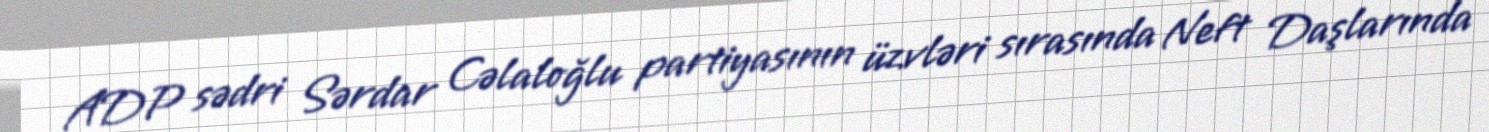
ADP sədri Sərdar Cəlaloğlu partiyasının üzvləri sırasında Neft Daşlarında